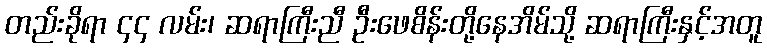
တည်းခိုရာ ၄၄ လမ်း၊ ဆရာကြီးညီ ဦးဖေစိန်းတို့နေအိမ်သို့ ဆရာကြီးနှင့်အတူ